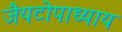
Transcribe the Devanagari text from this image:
जैयटोपाध्याय